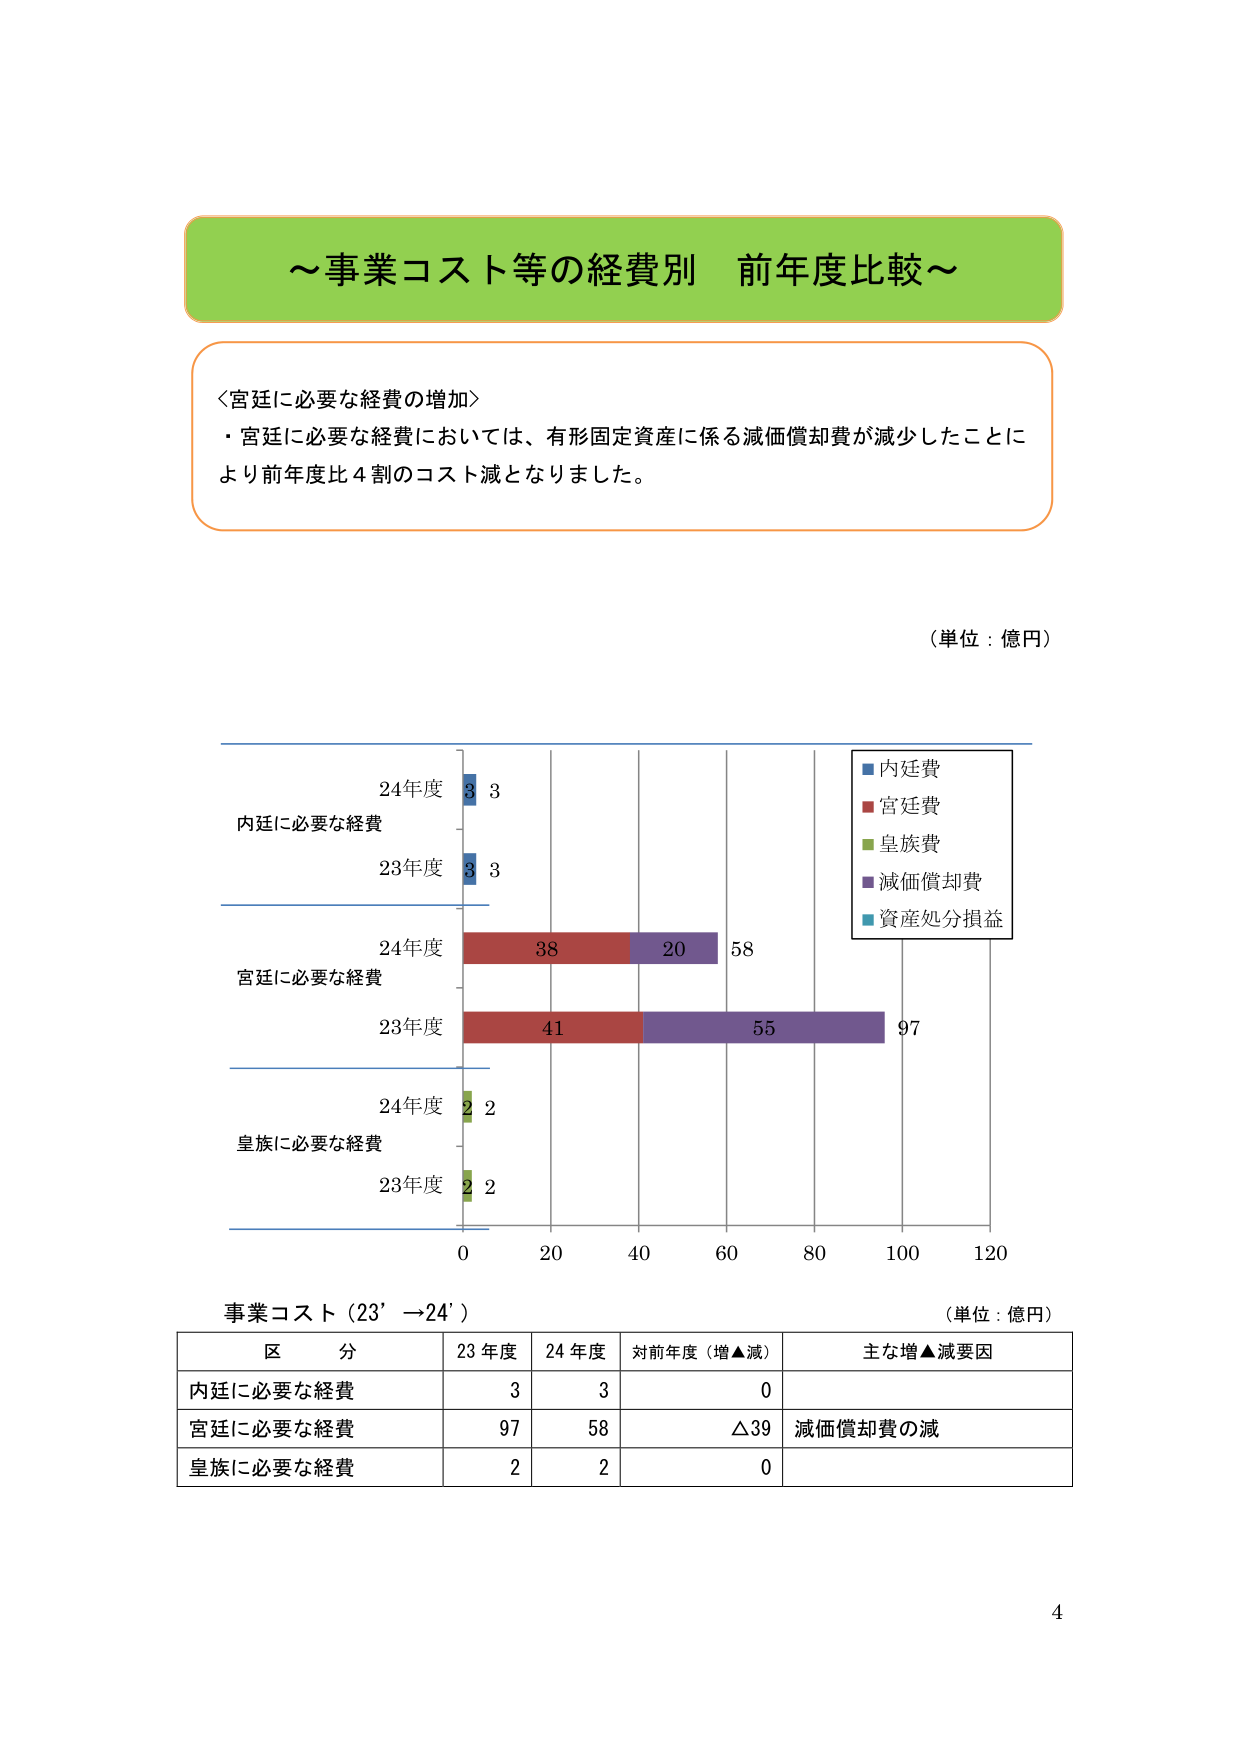
～事業コスト等の経費別 前年度比較～

＜宮廷に必要な経費の増加＞
・宮廷に必要な経費においては、有形固定資産に係る減価償却費が減少したことに
より前年度比４割のコスト減となりました。

（単位：億円）

内廷費
宮廷費
皇族費
減価償却費
資産処分損益

24年度
内廷に必要な経費
3 3

23年度
3 3

24年度
宮廷に必要な経費
38 20 58

23年度
41 55 97

24年度
皇族に必要な経費
2 2

23年度
2 2

0 20 40 60 80 100 120

事業コスト（23’→24’）
（単位：億円）

区分 23年度 24年度 対前年度（増▲減） 主な増▲減要因
内廷に必要な経費 3 3 0
宮廷に必要な経費 97 58 △39 減価償却費の減
皇族に必要な経費 2 2 0

4